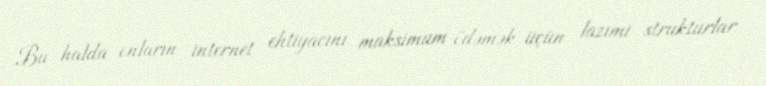
Bu halda onların internet ehtiyacını maksimum ödəmək üçün lazımi strukturlar